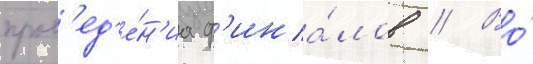
пров'ед'е́н'иа ф'ина́лов // Во́